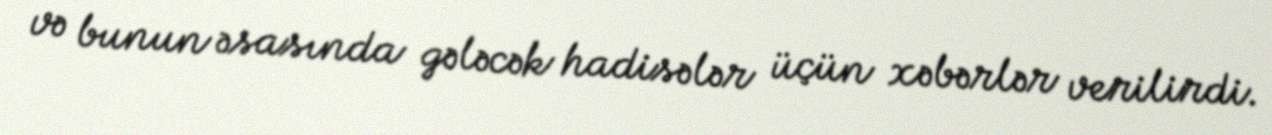
və bunun əsasında gələcək hadisələr üçün xəbərlər verilirdi.